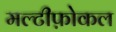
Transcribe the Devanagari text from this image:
मल्टीफ़ोकल